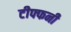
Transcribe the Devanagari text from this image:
टीफ्फनी